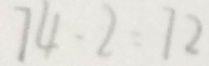
7 4 - 2 = 7 2